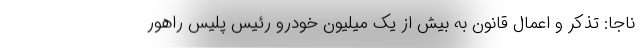
ناجا: تذکر و اعمال قانون به بیش از یک میلیون خودرو رئیس پلیس راهور